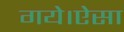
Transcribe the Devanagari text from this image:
गये।ऐसा